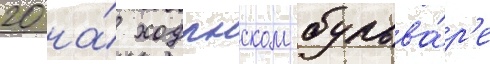
20 на́ ходынском бульва́р'е